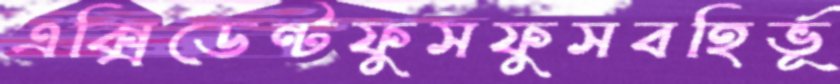
এক্সিডেন্টফুসফুসবহির্ভূ